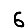
Digit: 6